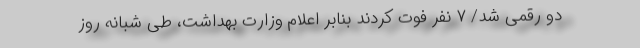
دو رقمی شد/ ۷ نفر فوت کردند بنابر اعلام وزارت بهداشت، طی شبانه روز